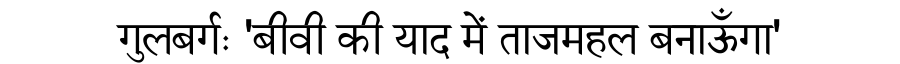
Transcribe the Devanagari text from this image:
गुलबर्गः 'बीवी की याद में ताजमहल बनाऊँगा'